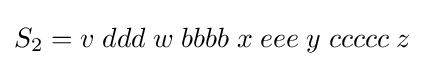
S_{2}=v\;ddd\;w\;bbbb\;x\;eee\;y\;ccccc\;z